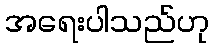
အရေးပါသည်ဟု